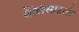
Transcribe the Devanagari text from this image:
सैलिसाइलेट